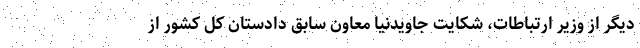
دیگر از وزیر ارتباطات، شکایت جاویدنیا معاون سابق دادستان کل کشور از